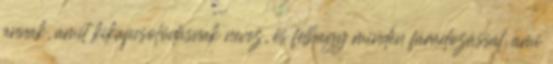
annak, amit kikapcsolódásnak nevez, és felhagy minden fáradozással, ami